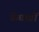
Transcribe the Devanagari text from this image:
केघावों